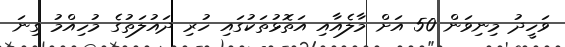
ވަހީދު މިނިވަން 50 އަށް މާލެއާއި އަތޮޅުތަކުގައި ހުރި ދައުލަތުގެ މުހިއްމު ގިނަ